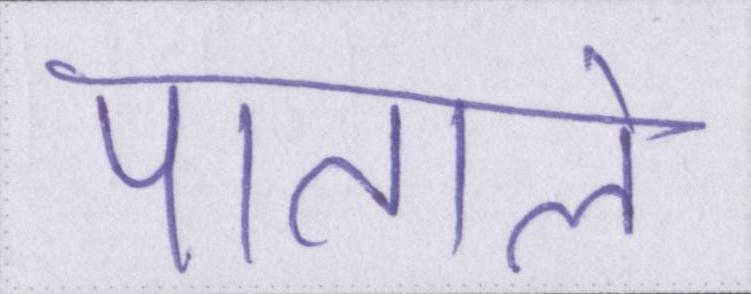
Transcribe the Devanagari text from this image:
पाताले